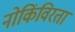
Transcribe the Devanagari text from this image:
नोकिंविरता